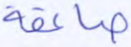
صاعقة